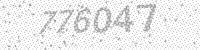
Solution: 776047